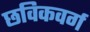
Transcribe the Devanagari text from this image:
छविकवर्ग